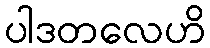
ပါဒတလေဟိ